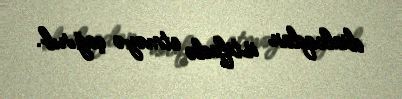
dialoqdan istifadə etməyə çağırıb.